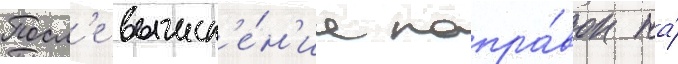
Посл'е вычисл'е́н'иа попра́вок на́